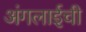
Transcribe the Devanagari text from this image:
अंगलाईची